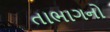
તાભાગનો